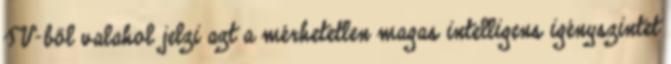
TV-ből valahol jelzi azt a mérhetetlen magas intelligens igényszintet